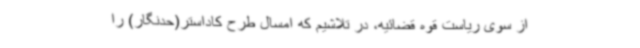
از سوی ریاست قوه قضائیه، در تلاشیم که امسال طرح کاداستر(حدنگار) را